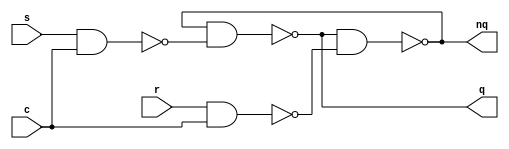
module rslatch (r, s, c, q, nq);
	input r;
	input s;
	input c;
	output q;
	output nq;

	wire w1, w2;

	nand (w1, s, c);
	nand (w2, r, c);

	nand (nq, q, w2);
	nand (q, nq, w1);
endmodule